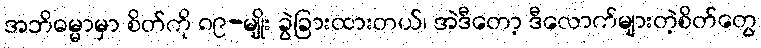
အဘိဓမ္မာမှာ စိတ်ကို ၈၉-မျိုး ခွဲခြားထားတယ်၊ အဲဒီတော့ ဒီလောက်များတဲ့စိတ်တွေ